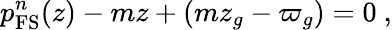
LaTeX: p_{\mathrm{FS}}^{n}(z)-mz+(mz_{g}-\varpi_{g})=0\ ,